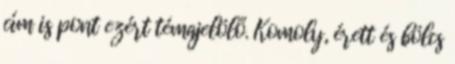
cím is pont ezért témajelölő. Komoly, érett és bölcs